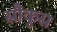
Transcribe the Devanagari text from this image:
सौकुस